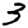
Digit: 3